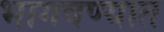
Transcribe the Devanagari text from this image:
भागवण्यात